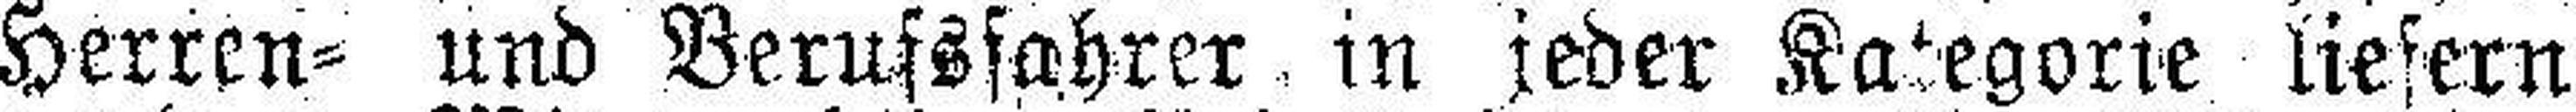
Herren= und Berufsfahrer in jeder Kategorie liefern